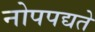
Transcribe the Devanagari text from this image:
नोपपद्यते